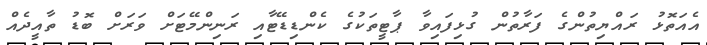
އެއަތޮޅު ރައްޔިތުންގެ ފަރާތުން ގުޅިފައިވާ ޕާޓީތަކުގެ ކެންޑިޑޭޓާއި ރަނިންމޭޓަށް ވަރަށް ބޮޑު ތާއީދެއް